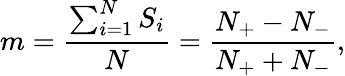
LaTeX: m=\frac{\sum_{i=1}^{N}S_{i}}{N}=\frac{N_{+}-N_{-}}{N_{+}+N_{-}},